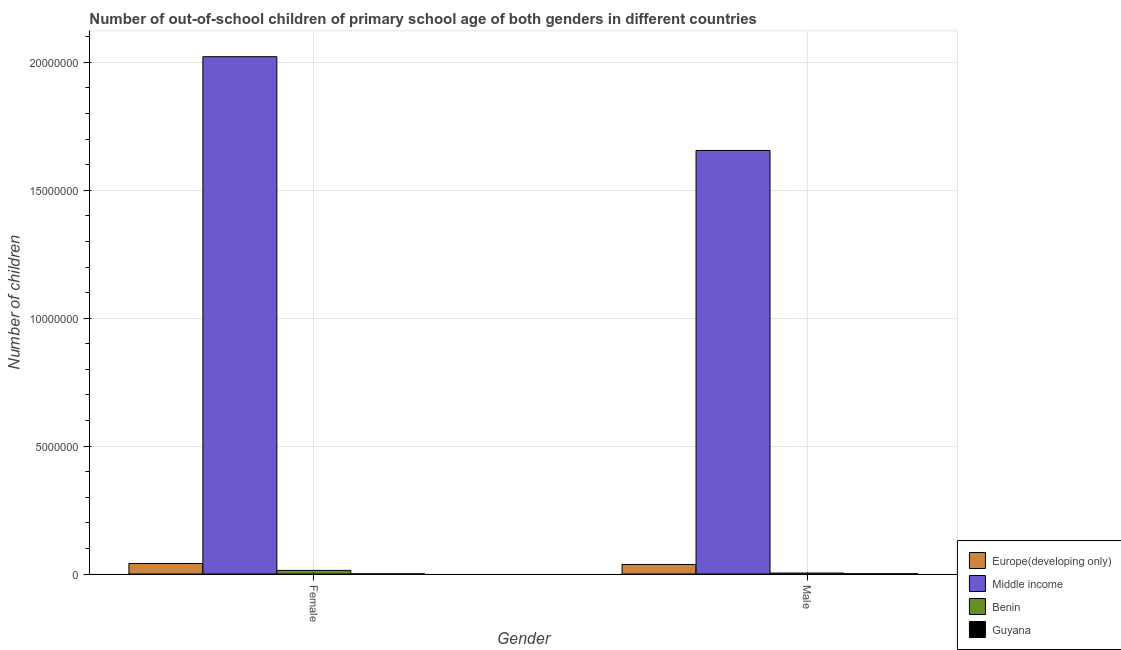
| Gender | Europe(developing only) | Middle income | Benin | Guyana |
 | --- | --- | --- | --- | --- |
 | Female | 4.11e+05 | 2.02e+07 | 1.42e+05 | 4.1e+03 |
 | Male | 3.73e+05 | 1.66e+07 | 3.79e+04 | 8.43e+03 |